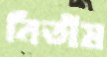
নিতীষ